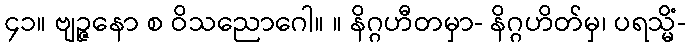
၄၁။ ဗျဉ္ဇနော စ ဝိသညောဂေါ။ ။ နိဂ္ဂဟီတမှာ- နိဂ္ဂဟိတ်မှ၊ ပရသ္မိံ-